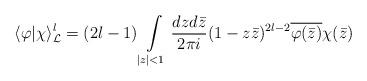
LaTeX: \begin{align*}\langle\varphi |\chi\rangle_{{\cal L}}^l=(2l-1)\int\limits_{|z|<1}\frac{dzd\bar{z}}{2\pi i}(1-z\bar z)^{2l-2}\overline{\varphi (\bar{z})}\chi (\bar{z}) \end{align*}